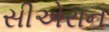
સીએરાન